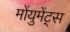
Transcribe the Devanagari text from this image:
मोंयुमेंट्स